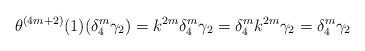
LaTeX: \begin{align*}\theta^{(4m+2)}(1)(\delta_4^m\gamma_2)=k^{2m}\delta_4^m\gamma_2=\delta_4^mk^{2m}\gamma_2 = \delta_4^m\gamma_2\end{align*}